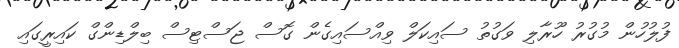
ފުލުހުން މުގުރު ހޫރާލި ވަގުތު ސައިކަލް ވިއްސައިގެން ގޮސް ޖަސްޓިސް ބިލްޑިންގް ކައިރީގައި